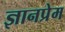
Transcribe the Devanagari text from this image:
ज्ञानप्रेम